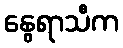
နွေရာသီက